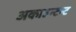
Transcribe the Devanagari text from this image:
अकाउन्टन्ट